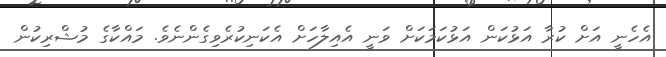
އެހެނީ އަށް ކުރާ އަޅުކަން އަޅުކަމަކަށް ވަނީ އެއިލާހަށް އެކަނިކުރެވިގެންނެވެ. މައްކާގެ މުޝްރިކުން